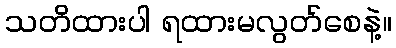
သတိထားပါ ရထားမလွတ်စေနဲ့။